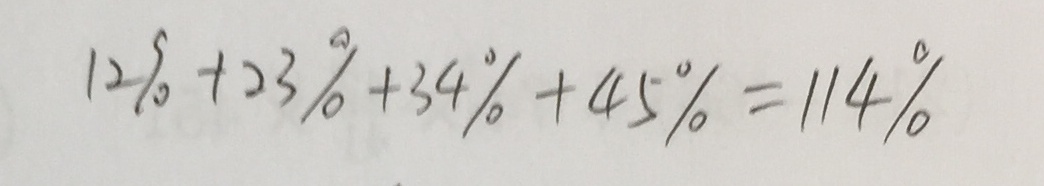
1 2 \% + 2 3 \% + 3 4 \% + 4 5 \% = 1 1 4 \%